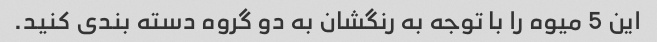
این 5 میوه را با توجه به رنگشان به دو گروه دسته بندی کنید.